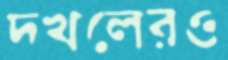
দখলেরও